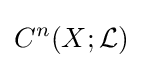
C^{n}(X;{\mathcal {L}})